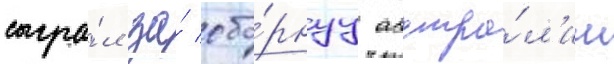
сыгра́л за́ сбо́рнуу австра́л'ии